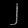
Digit: ၂